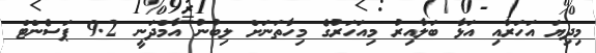
މިދިޔަ އަހަރާއި އަޅާ ބަލާއިރު މިއަހަރުގެ މިހާތަނަށް ލިބުނު އާމްދަނީ 9.2 ޕަސެންޓް